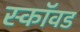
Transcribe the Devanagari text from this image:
स्कॉवड